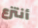
أنتزع